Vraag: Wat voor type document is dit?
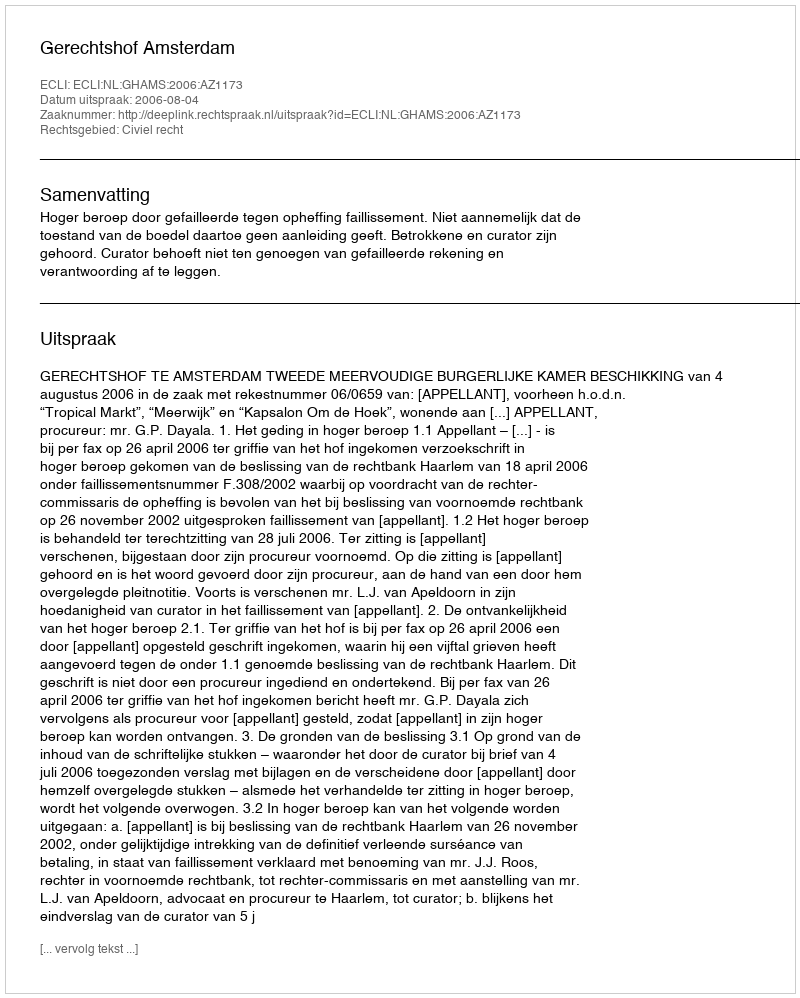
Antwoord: Uitspraak